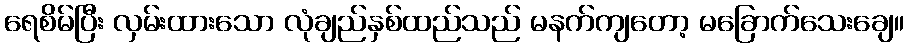
ရေစိမ်ပြီး လှမ်းထားသော လုံချည်နှစ်ထည်သည် မနက်ကျတော့ မခြောက်သေးချေ။